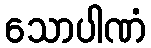
သောပါဏံ